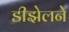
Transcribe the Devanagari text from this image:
डीझेलने